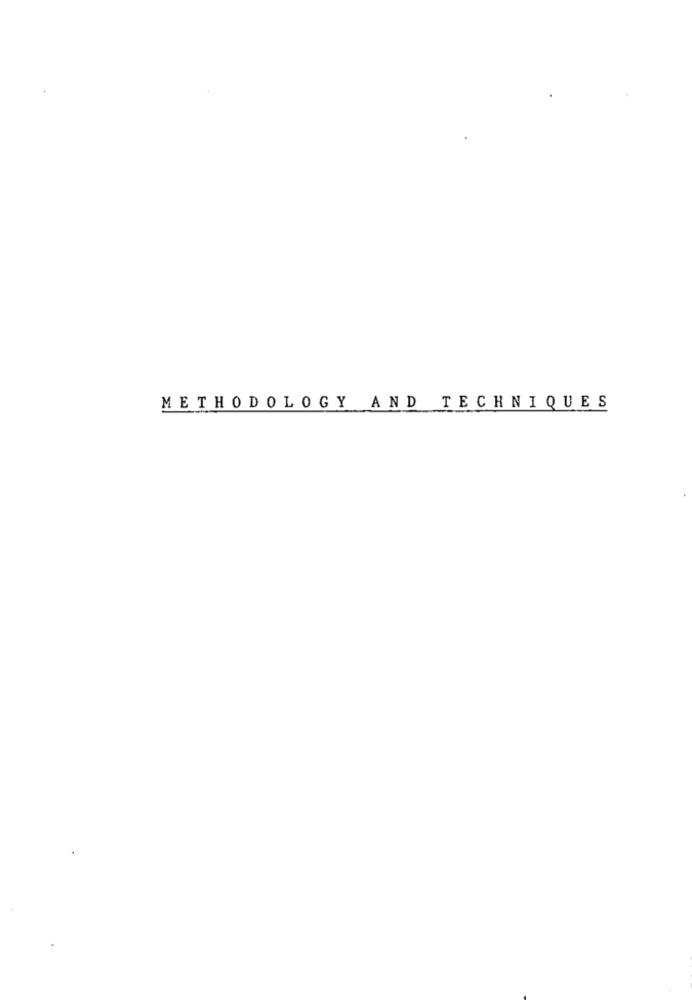
METHODOLOGY AND TECHNIQUES